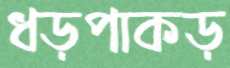
ধড়পাকড়